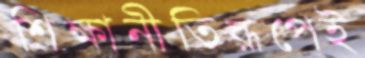
শিক্ষানীতিরূপেই